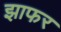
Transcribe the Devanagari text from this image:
झाफर